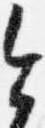
今